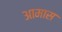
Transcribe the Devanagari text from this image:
आमास